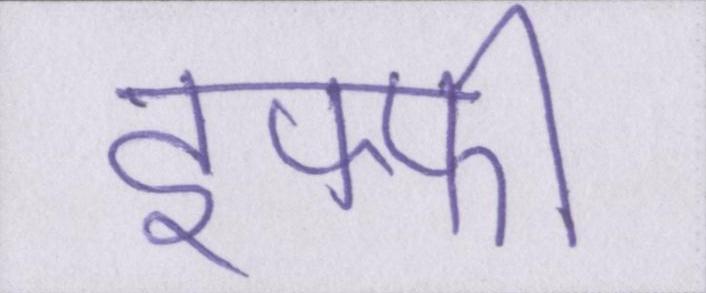
इफ्फी